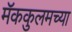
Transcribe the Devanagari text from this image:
मॅककुलमच्या